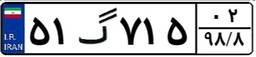
۹۴گ۲۵۸۸۷